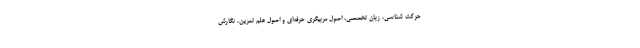
حرکت شناسی، زبان تخصصی، اصول مربیگری حرفه‌ای و اصول علم تمرین، نگارش